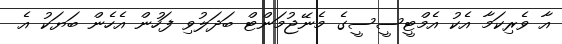
އާ ވެރިކަމާ އެކު އެމްޓީސީސީގެ މެނޭޖުމަންޓް ބަދަލުވި ފަހުން އެހެން ބަޔަކު އެ